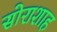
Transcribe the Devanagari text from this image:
सोराशाह